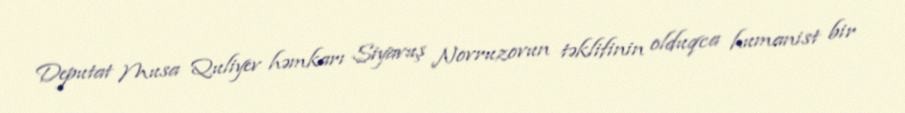
Deputat Musa Quliyev həmkarı Siyavuş Novruzovun təklifinin olduqca humanist bir